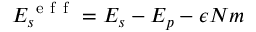
E _ { s } ^ { \mathrm { ~ e ~ f ~ f ~ } } = E _ { s } - E _ { p } - \epsilon N m